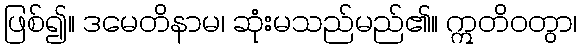
ဖြစ်၍။ ဒမေတိနာမ၊ ဆုံးမသည်မည်၏။ ဣတိဝတွာ၊